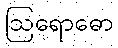
ဩရောဓော